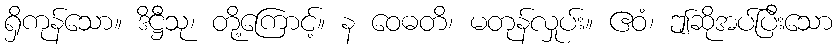
ရှိကုန်သော။ ဒိဋ္ဌီသု၊ တို့ကြောင့်။ န ဝေဓတိ၊ မတုန်လှုပ်း။ ဧဝံ၊ ဤဆိုအပ်ပြီးသော